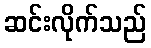
ဆင်းလိုက်သည်